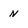
Character: N